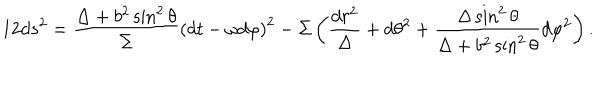
LaTeX: 1 2 d s ^ { 2 } = \frac { \Delta + b ^ { 2 } \sin ^ { 2 } \theta } { \Sigma } \left( d t - \omega d \varphi \right) ^ { 2 } - \Sigma \left( \frac { d r ^ { 2 } } { \Delta } + d \theta ^ { 2 } + \frac { \Delta \sin ^ { 2 } \theta } { \Delta + b ^ { 2 } \sin ^ { 2 } \theta } d \varphi ^ { 2 } \right) .